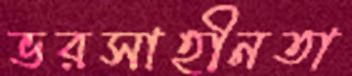
ভরসাহীনতা